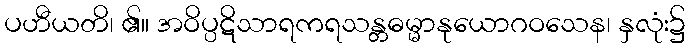
ပဟီယတိ၊ ၏။ အဝိပ္ပဋိသာရကရသန္တဓမ္မာနုယောဂဝသေန၊ နှလုံး၌